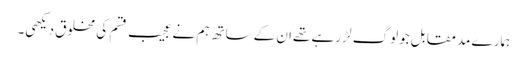
ہمارے مدمقابل جولوگ لڑ رہے تھےان کےساتھ ہم نےعجیب قسم کی مخلوق دیکھی۔